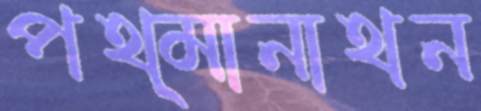
পথ্মানাথন